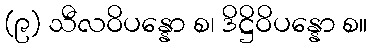
(၉) သီလဝိပန္နော စ၊ ဒိဋ္ဌိဝိပန္နော စ။